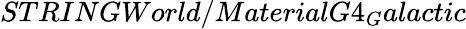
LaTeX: STRINGWorld/MaterialG4_{G}alactic